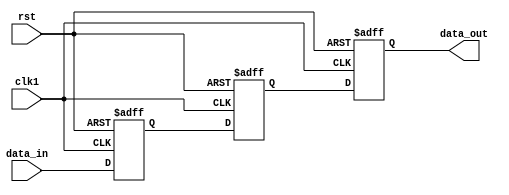
module timing_control_and_synchronization (
    input wire clk1,
    input wire rst,
    input wire data_in,
    output reg data_out
);

reg flop1, flop2, flop3;

always @(posedge clk1 or posedge rst) begin
    if (rst) begin
        flop1 <= 1'b0;
        flop2 <= 1'b0;
        flop3 <= 1'b0;
    end else begin
        flop1 <= data_in;
        flop2 <= flop1;
        flop3 <= flop2;
    end
end

assign data_out = flop3;

endmodule